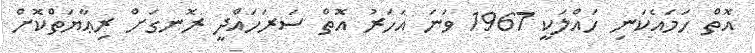
އޮތް ހަމައެކަނި ހައްލަކީ 1967 ވަނަ އަހަރު އޮތް ސަރަހައްދީ ރޮނގަށް ރިޢާޔަތްކޮށް